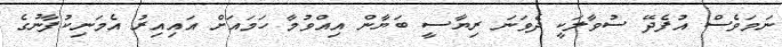
ނަމަވެސް އުފެދޭ ސުވާލަކީ ދެވަނަ ރިޔާސީ ބަޔާން އިއްވުމާ ހަމައަށް އައިއިރު އެމަނިކުފާނުގެ